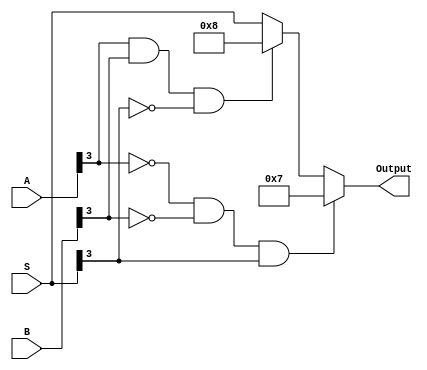
module saturation_4bit (A, B, S, Output);
input [3:0] A, B, S;
output [3:0] Output;

wire PosOverflow, NegOverflow;

assign PosOverflow = (~A[3]) & (~B[3]) & S[3] ;
assign NegOverflow = (A[3]) & (B[3]) & (~S[3]) ;


assign Output = PosOverflow ? 4'h7 :
                NegOverflow ? 4'b1000 :
                S;


endmodule